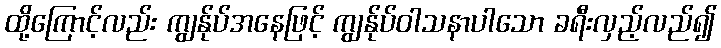
ထို့ကြောင့်လည်း ကျွန်ုပ်အနေဖြင့် ကျွန်ုပ်ဝါသနာပါသော ခရီးလှည့်လည်၍